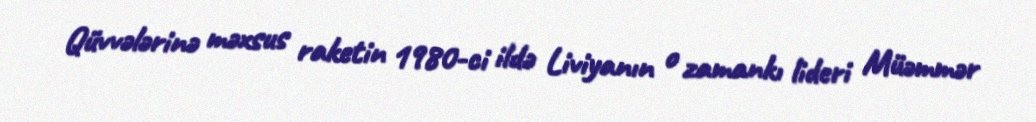
Qüvvələrinə məxsus raketin 1980-ci ildə Liviyanın o zamankı lideri Müəmmər